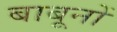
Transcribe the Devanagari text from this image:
बाबूनों